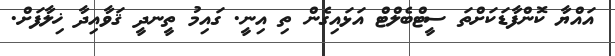
އައްޔާ ކޮންފާޑަކަށްތަ ސީޓްބެލްޓް އަޅައިގެން ތި އިނީ. ގައިމު ތީނދީ ޤަވާއިދާ ޚިލާފަށް.